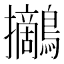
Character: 𪇪